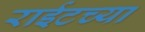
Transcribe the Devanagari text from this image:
राईटच्या